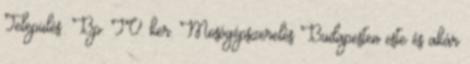
Település: Bp. IV. ker. Mosógépszerelés Budapesten este és akár